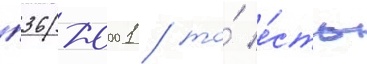
п36-0001 / то́ е́сть